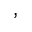
,